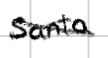
Text: Santa
Cross-out: diagonal
Writing tool: digital_black